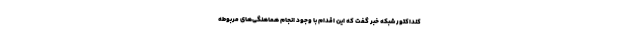
کنداکتور شبکه خبر گفت که این اقدام با وجود انجام هماهنگی‌های مربوطه